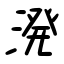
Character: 溌